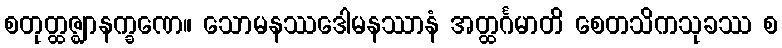
စတုတ္ထဇ္ဈာနက္ခဏေ။ သောမနဿဒေါမနဿာနံ အတ္ထင်္ဂမာတိ စေတသိကသုခဿ စ